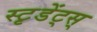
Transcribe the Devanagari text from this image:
स्टृडेंट्स्